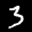
Label: 3